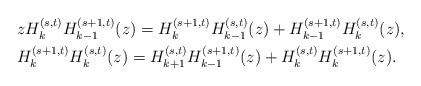
LaTeX: \begin{align*}&zH_k^{(s,t)}H_{k-1}^{(s+1,t)}(z)=H_k^{(s+1,t)}H_{k-1}^{(s,t)}(z)+H_{k-1}^{(s+1,t)}H_k^{(s,t)}(z),\\&H_{k}^{(s+1,t)}H_{k}^{(s,t)}(z)=H_{k+1}^{(s,t)}H_{k-1}^{(s+1,t)}(z)+H_{k}^{(s,t)}H_{k}^{(s+1,t)}(z).\end{align*}